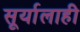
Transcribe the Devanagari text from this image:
सूर्यालाही